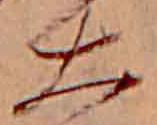
大